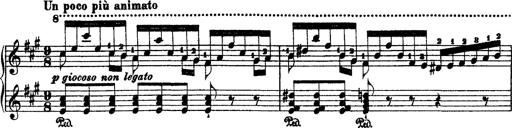
Title: 2 KonzertetÃ¼den
Composer: Franz Liszt